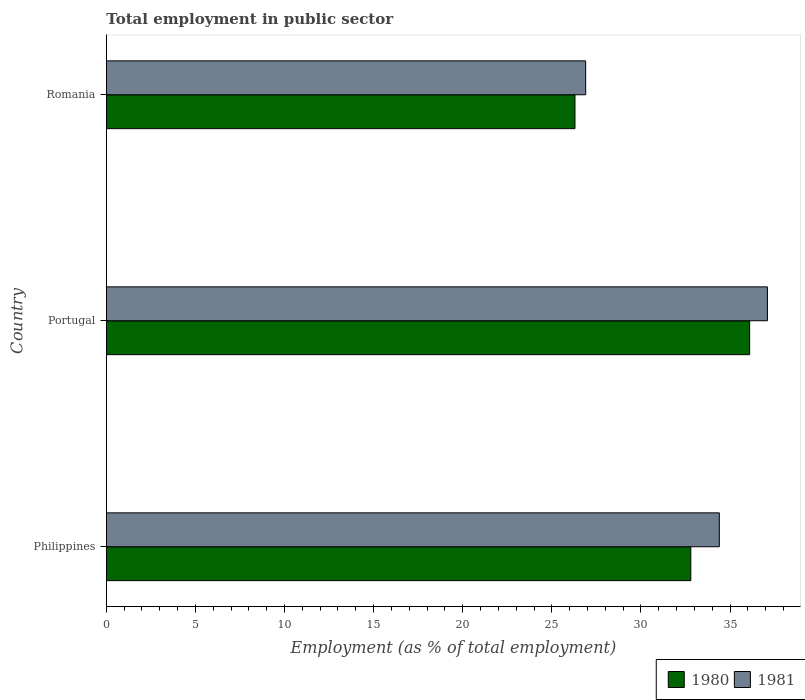
| Country | 1980 | 1981 |
 | --- | --- | --- |
 | Philippines | 32.8 | 34.4 |
 | Portugal | 36.1 | 37.1 |
 | Romania | 26.3 | 26.9 |